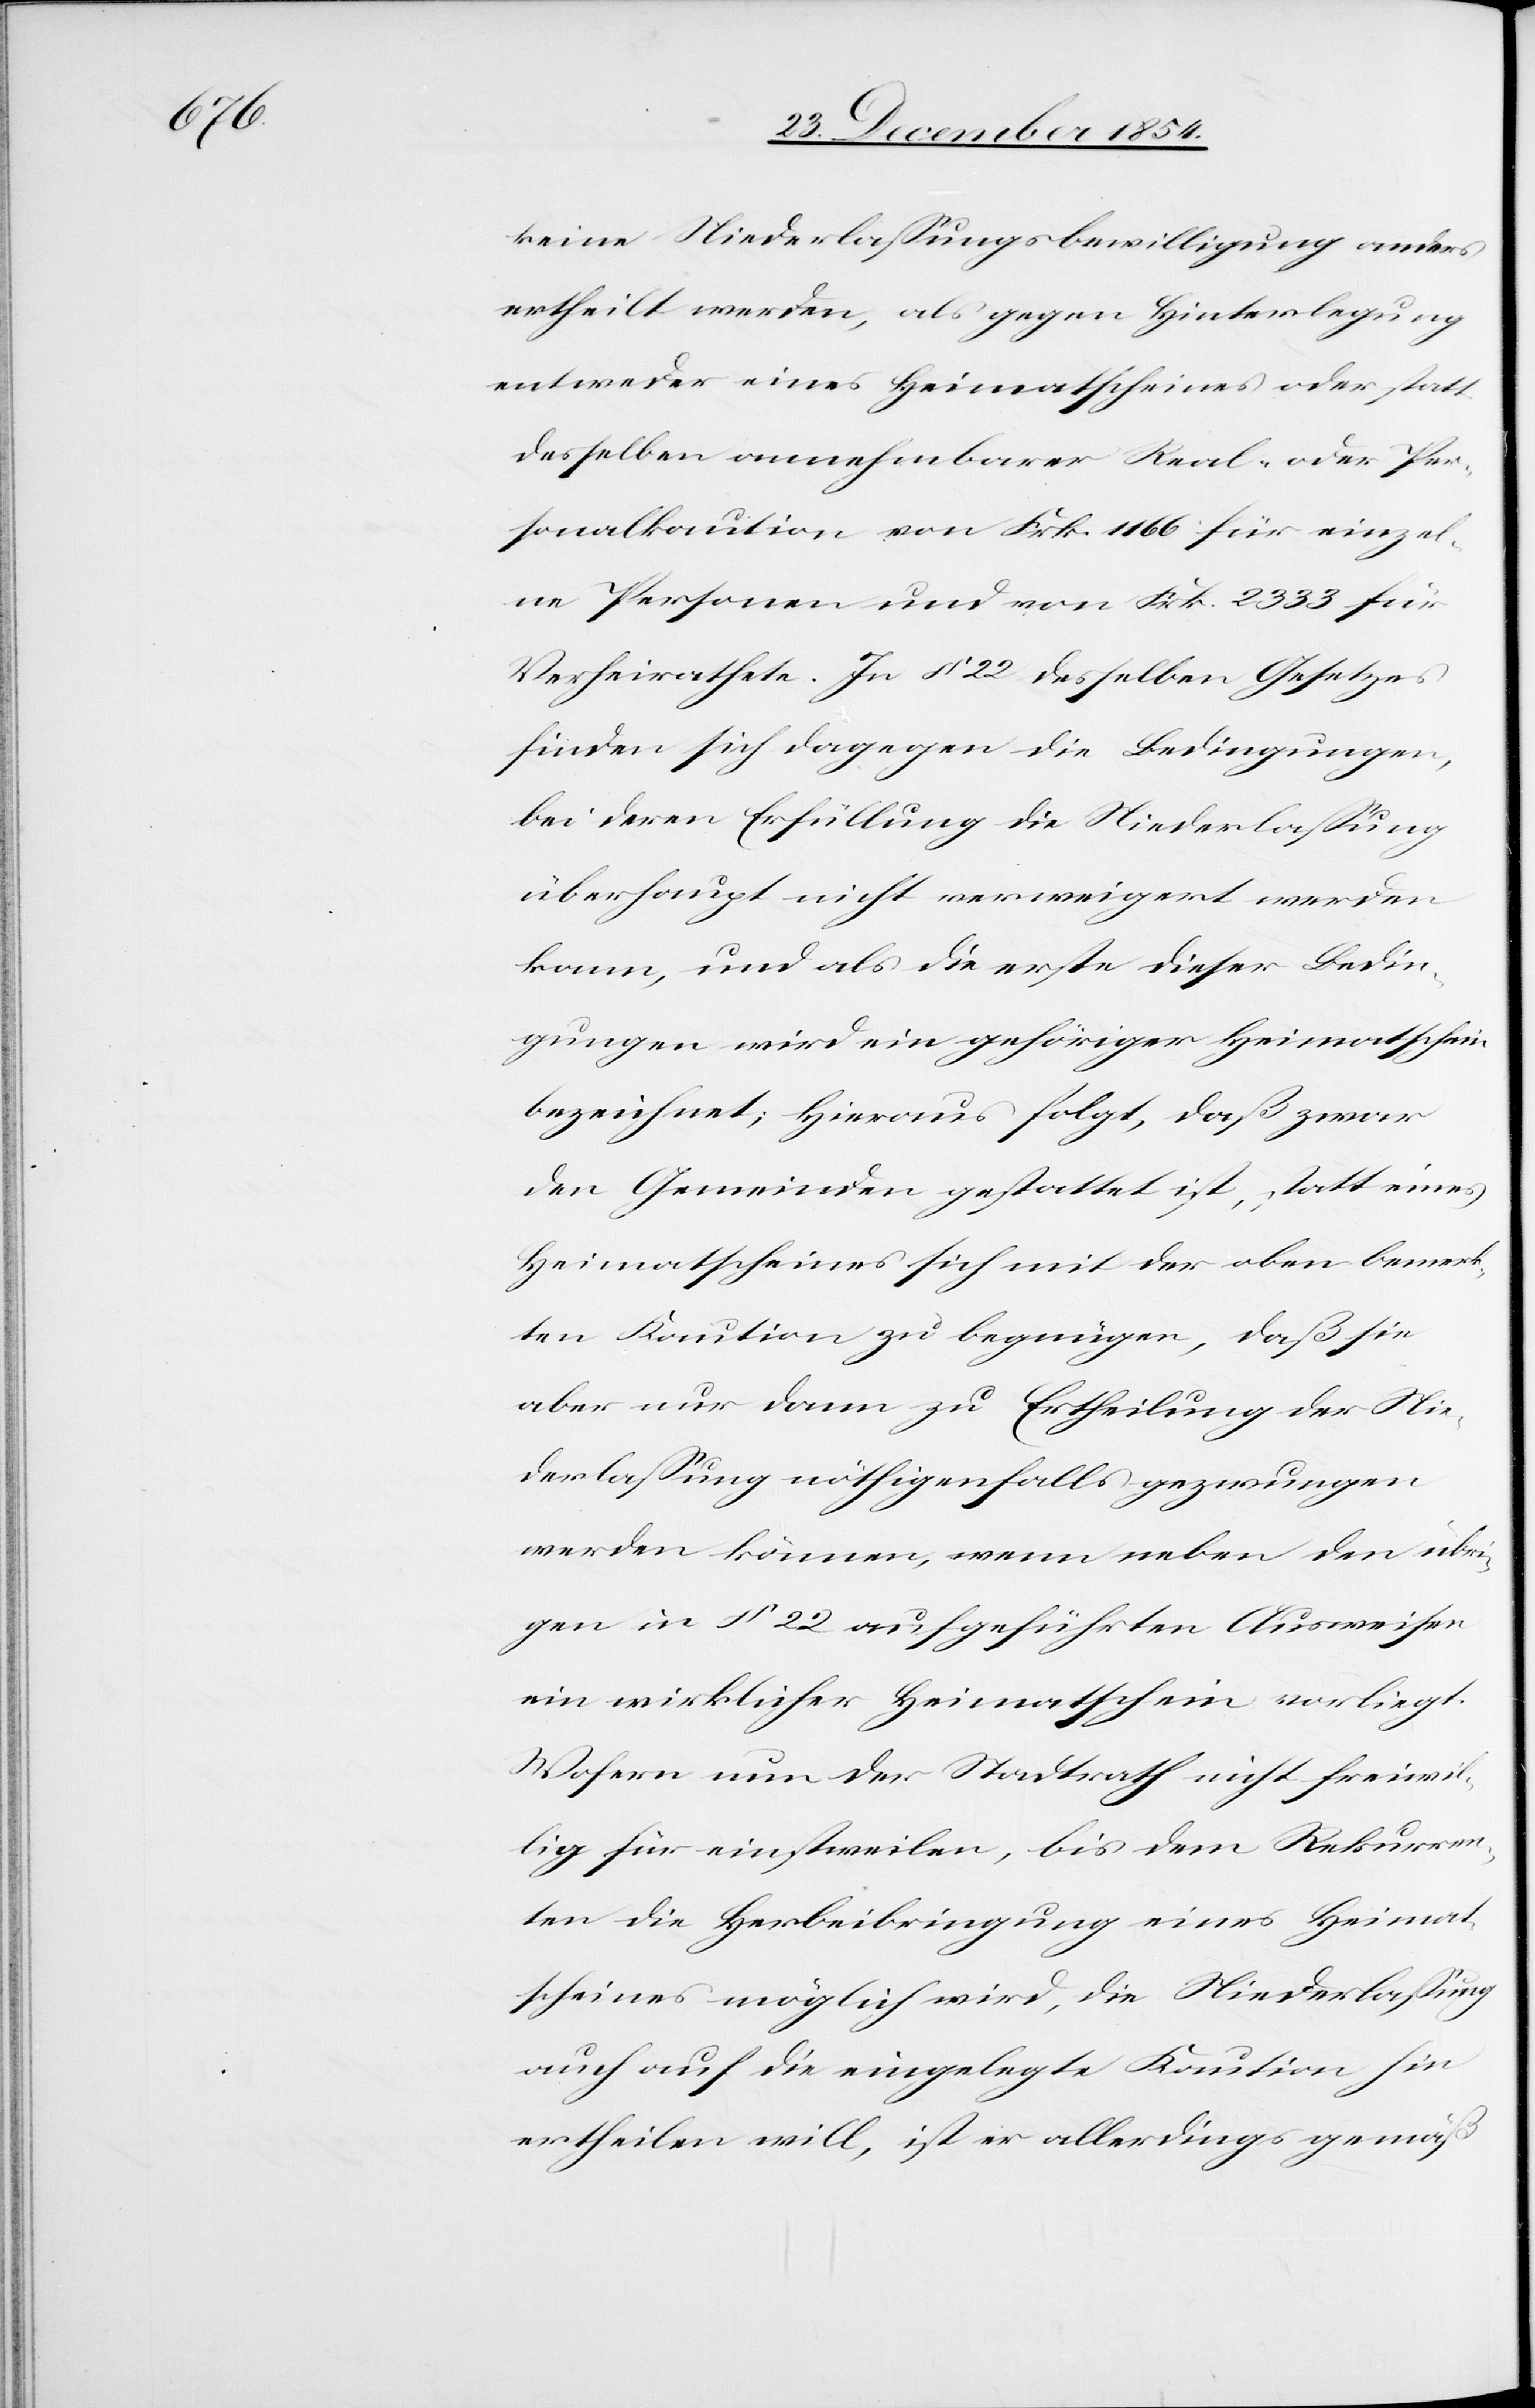
keine Niederlaßungsbewilligung anders
ertheilt werde, als gegen Hinterlegung
entweder eines Heimatscheines oder statt
desselben annehmbarer Real- oder Per¬
sonalkaution von Frk. 1166 für einzel¬
ne Personen und von Frk. 2333 für
Verheirathete. In § 22 desselben Gesetzes
finden sich dagegen die Bedingungen,
bei deren Erfüllung die Niederlaßung
überhaupt nicht verweigert werden
kann, und als die erste dieser Bedin¬
gungen wird ein gehöriger Heimatschein
bezeichnet; hieraus folgt, daß zwar
den Gemeinden gestattet ist, statt eines
Heimatscheines sich mit der oben bemerk¬
ten Kaution zu begnügen, daß sie
aber nur dann zu Ertheilung der Nie¬
derlaßung nöthigenfalls gezwungen
werden können, wenn neben den übri¬
gen in § 22 ausgeführten Ausweisen
ein wirklicher Heimatschein vorliegt.
Wofern nun der Stadtrath nicht freiwil¬
lig für einstweilen, bis dem Rekurren¬
ten die Herbeibringung eines Heimat¬
scheines möglich wird, die Niederlaßung
auch auf die eingelegte Kaution hin
ertheilen will, ist er allerdings gemäß